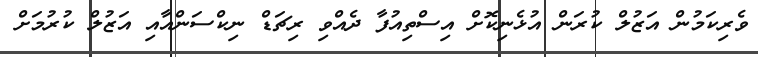
ވެރިކަމުން އަޒުލް ކުރަން އުޅެނިކޮށް އިސްތިއުފާ ދެއްވި ރިޗަޑް ނިކްސަންއާއި އަޒުލް ކުރުމަށް